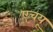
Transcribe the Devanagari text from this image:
एचयू